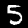
Label: 5